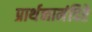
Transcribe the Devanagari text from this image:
प्रार्थनामंदिरे